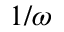
1 / \omega